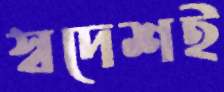
স্বদেশই